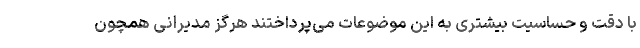
با دقت و حساسیت بیشتری به این موضوعات می‌پرداختند هرگز مدیرانی همچون